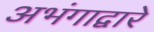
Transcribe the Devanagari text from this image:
अभंगाद्वारे